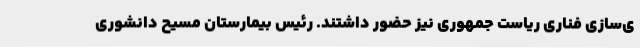
ی‌سازی فناری ریاست جمهوری نیز حضور داشتند. رئیس بیمارستان مسیح دانشوری